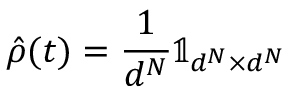
\hat { \rho } ( t ) = \frac { 1 } { d ^ { N } } \mathbb { 1 } _ { d ^ { N } \times d ^ { N } }